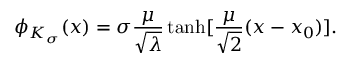
\phi _ { K _ { \sigma } } ( x ) = \sigma \frac { \mu } { \sqrt { \lambda } } \operatorname { t a n h } [ \frac { \mu } { \sqrt { 2 } } ( x - x _ { 0 } ) ] .